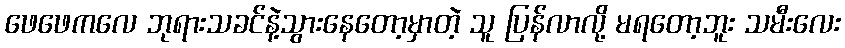
ဖေဖေကလေ ဘုရားသခင်နဲ့သွားနေတော့မှာတဲ့ သူ ပြန်လာလို့ မရတော့ဘူး သမီးလေး